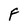
Character: F